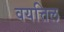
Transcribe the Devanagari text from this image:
वयत्तिल